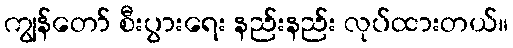
ကျွန်တော် စီးပွားရေး နည်းနည်း လုပ်ထားတယ်။